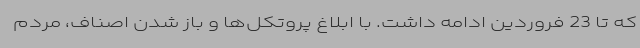
که تا 23 فروردین ادامه داشت. با ابلاغ پروتکل‌ها و باز شدن اصناف، مردم